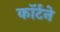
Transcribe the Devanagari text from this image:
कॉर्टने